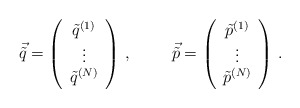
\begin{align*}\vec{\tilde{q}} = \left( \begin{array}{c}\tilde{q}^{(1)} \\\vdots \\\tilde{q}^{(N)} \\\end{array}\right)\, ,\hspace{1cm}\vec{\tilde{p}} = \left( \begin{array}{c}\tilde{p}^{(1)} \\\vdots \\\tilde{p}^{(N)} \\\end{array}\right)\, .\end{align*}